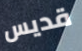
قديس